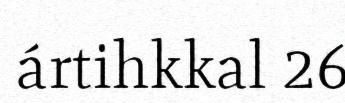
ártihkkal 26